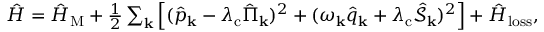
\begin{array} { r } { \hat { H } = \hat { H } _ { \mathrm { M } } + \frac { 1 } { 2 } \sum _ { \mathbf { k } } \left[ ( \hat { p } _ { \bf k } - \lambda _ { \mathrm { c } } \hat { \Pi } _ { \mathbf { k } } ) ^ { 2 } + ( \omega _ { \bf k } \hat { q } _ { \bf k } + \lambda _ { \mathrm { c } } \hat { \mathcal { S } } _ { \mathbf { k } } ) ^ { 2 } \right] + \hat { H } _ { \mathrm { l o s s } } , } \end{array}